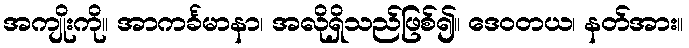
အကျိုးကို။ အာကင်္ခမာနာ၊ အလိုရှိသည်ဖြစ်၍။ ဒေဝတယ၊ နတ်အား။